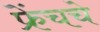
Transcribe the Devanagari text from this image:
फ्रेंचचे